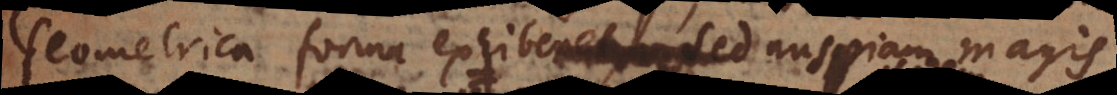
Geometrica forma exhiberet, sed nuspiam magis